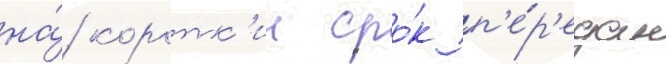
на́ коротк'ии сро́к п'е́р'едан